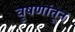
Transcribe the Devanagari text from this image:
वृषणांतून